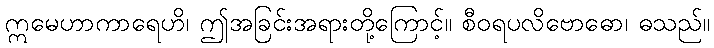
ဣမေဟာကာရေဟိ၊ ဤအခြင်းအရားတို့ကြောင့်။ စီဝရပလိဗောဓော၊ ဓသည်။